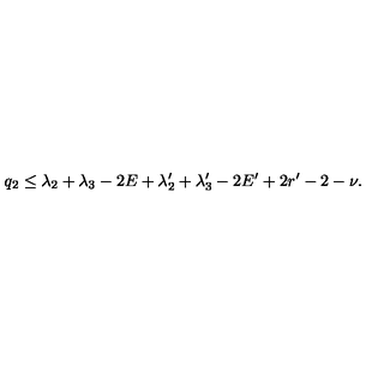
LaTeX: q _ { 2 } \le \lambda _ { 2 } + \lambda _ { 3 } - 2 E + \lambda _ { 2 } ^ { \prime } + \lambda _ { 3 } ^ { \prime } - 2 E ^ { \prime } + 2 r ^ { \prime } - 2 - \nu .